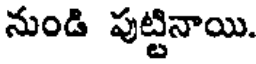
నుండి పుట్టినాయి.